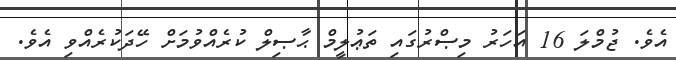
އެވެ. ޖުމްލަ 16 އަހަރު މިޞްރުގައި ތަޢުލީމް ޙާޞިލް ކުރެއްވުމަށް ހޭދަކުރެއްވި އެވެ.